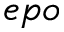
e p o